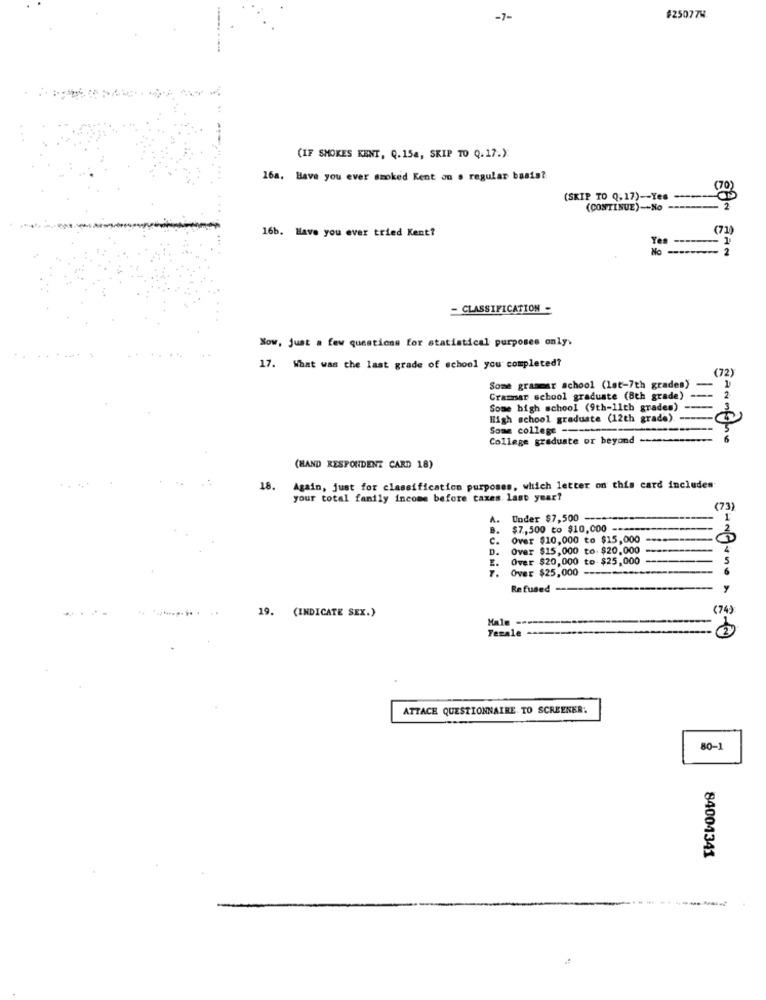
-7-
#250774.
(IF SMOKES KENT, Q.154, SKIP TO Q.17.)
16a, Have you ever smoked Kent on a regular basis?
(SKIP TO Q.17)-Yes
(CONTINUE) -- No -----
16b. Have you ever tried Kent?
(71)
1
No
2
- CLASSIFICATION -
Now, just a few questions for statistical purposes only.
17. What was the last grade of school you completed?
(72)
Some grammar school (let-7th grades)
Grammar school graduate (8th grade)
Some high school (9th-11th grades)
High school graduate (12th grade).
Some college --
College graduate or beyond -
(HAND RESPONDENT CARD 18)
18.
Again, just for classification purposes, which letter on this card includes
your total family income before taxes. last year?
(73)
A.
Under $7,500 ---
1
8.
$7,500 to $10,000 ====
c.
Over $10,000 to $15,000
D.
Over $15,000 to. $20,000
Over $20,000 to $25,000
5
7.
Over $25,000 ----
6
Refused -
y
(74)
19. (INDICATE SEX.)
Male
Female
ATTACE QUESTIONNAIRE TO SCREENER:
80-1
84004341